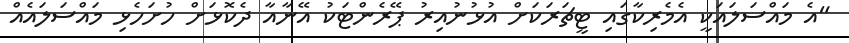
"އެ މައްސަލައަކީ އެމެރިކާގައި ޓީޗަރަކަށް އުޅުނުއިރު ޕޭރެންޓަކު އޭނާއާ ދެކޮޅަށް ހުށަހެޅި މައްސަލައެއް